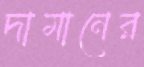
দামানের